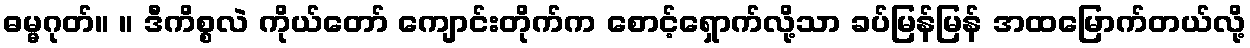
ဓမ္မဂုတ်။ ။ ဒီကိစ္စလဲ ကိုယ်တော် ကျောင်းတိုက်က စောင့်ရှောက်လို့သာ ခပ်မြန်မြန် အထမြောက်တယ်လို့